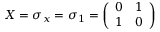
\ X = \sigma _ { x } = \sigma _ { 1 } = \left( \begin{array} { l l } { 0 } & { 1 } \\ { 1 } & { 0 } \end{array} \right)